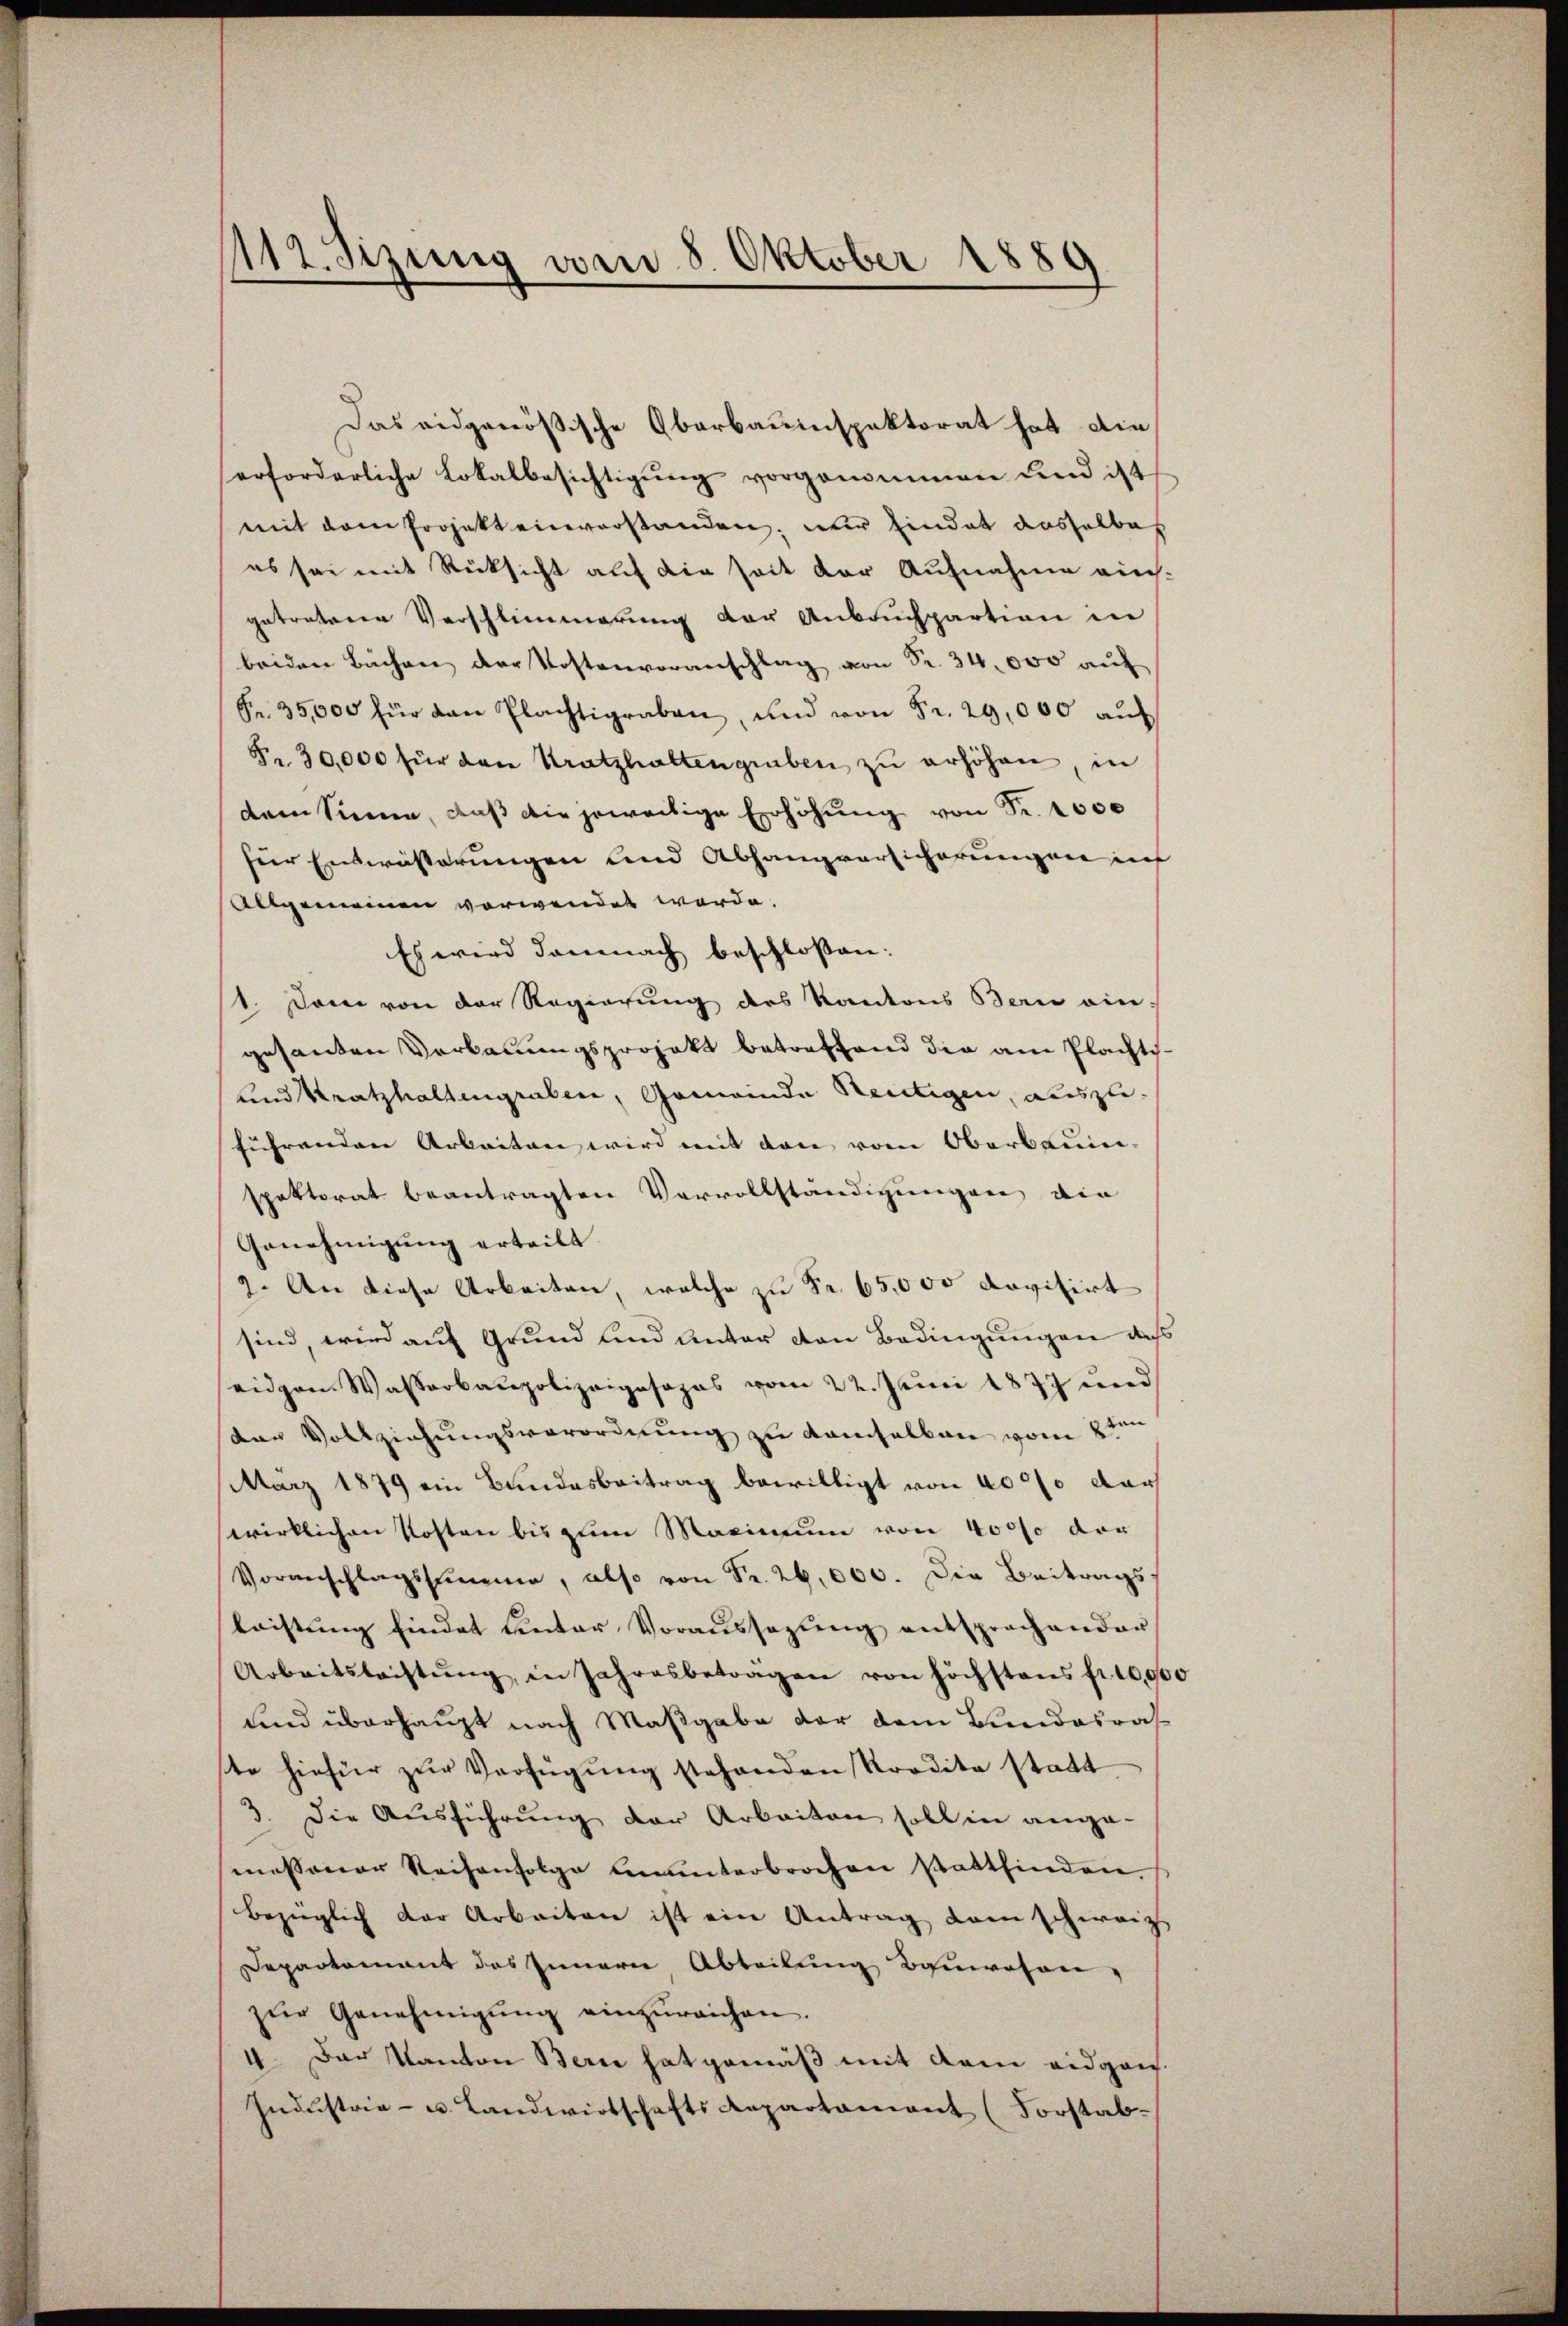
112. Sizung am 8 Oktober 1889
.

Das eidgenößische Oberbauinspektorat hat die
erforderliche Lokalbesichtigung vorgenommen und ist
mit dem Projekt einverstanden; nur findet dasselben
es sei mit Rücksicht auf die Zeit der Aufnahme richgetretenen Verschlimmerung der Anbruchpartion in
beiden Bächen der Postenvoranschlag von Fr. 34,000 auf
Fr. 35,000 für den Plächtigraben, und von Fr. 29,000 aŭf
F. 30,000 für den Kratzhaltengruben zŭ erhöhen, in
dem Sinne, daß die jeweitige Erhöhung von Fr. 2000
für Entwässerungen und Abhangversicherungen auf
Allgemeinen verwendet werde.
Es wird damnach beschlossen:
1. Dem von der Regierung des Kantons Bern ein-
gesanden Verbauungsprojekt betreffend die am Plachts¬
und Kratzhaltengraben, Gemeinde Reutigen, auszuführenden Arbeiten wird mit den vom Oberbauinspektorat beantragten Vervollständigungen die
Genehmigung erteilt
2. An diese Arbeiten, welche zu Fr. 65,000 dovisirt
sind, wird auf Grund und unter den Bedingungen daß
eiden Wasserbaupolizeiposopas vom 22. Juni 1877 und
der Vollziehungsverordnung zu demselben vom 2ten
März 1879 ein Bundesbeitrag bewilligt von 4000 dar
wirklichen Kosten bis zum Maximum von 4000 der
Vorverschlagssumme, also von Fr. 26,000. Die Beitrags-
leistŭng findet unter Voraŭssagŭng entsprachender
Arbeitsleistŭng in Jahresbeträgen von höchstens fr. 10,000
und überhaupt nach Maßgabe der dem Bundesrat
ste hiefür zur Verfügung stehenden Rordita statt
3. die Ausführŭng der Arbeiten soll in ange
messener Reihenfolge unterbrochen stattfinden.
bezüglich der Arbeiten ist ein Antrag dann schweiz
Departement des Innern Abteilung Bauwesen-
zŭr Genehmigŭng einzŭreichen.
4. Der Kanton Bern hat gemäß mit dem eidgen.
Industria- u. Landwirtschafts Repartament (Forstab-